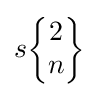
s{\begin{Bmatrix}2\\n\end{Bmatrix}}